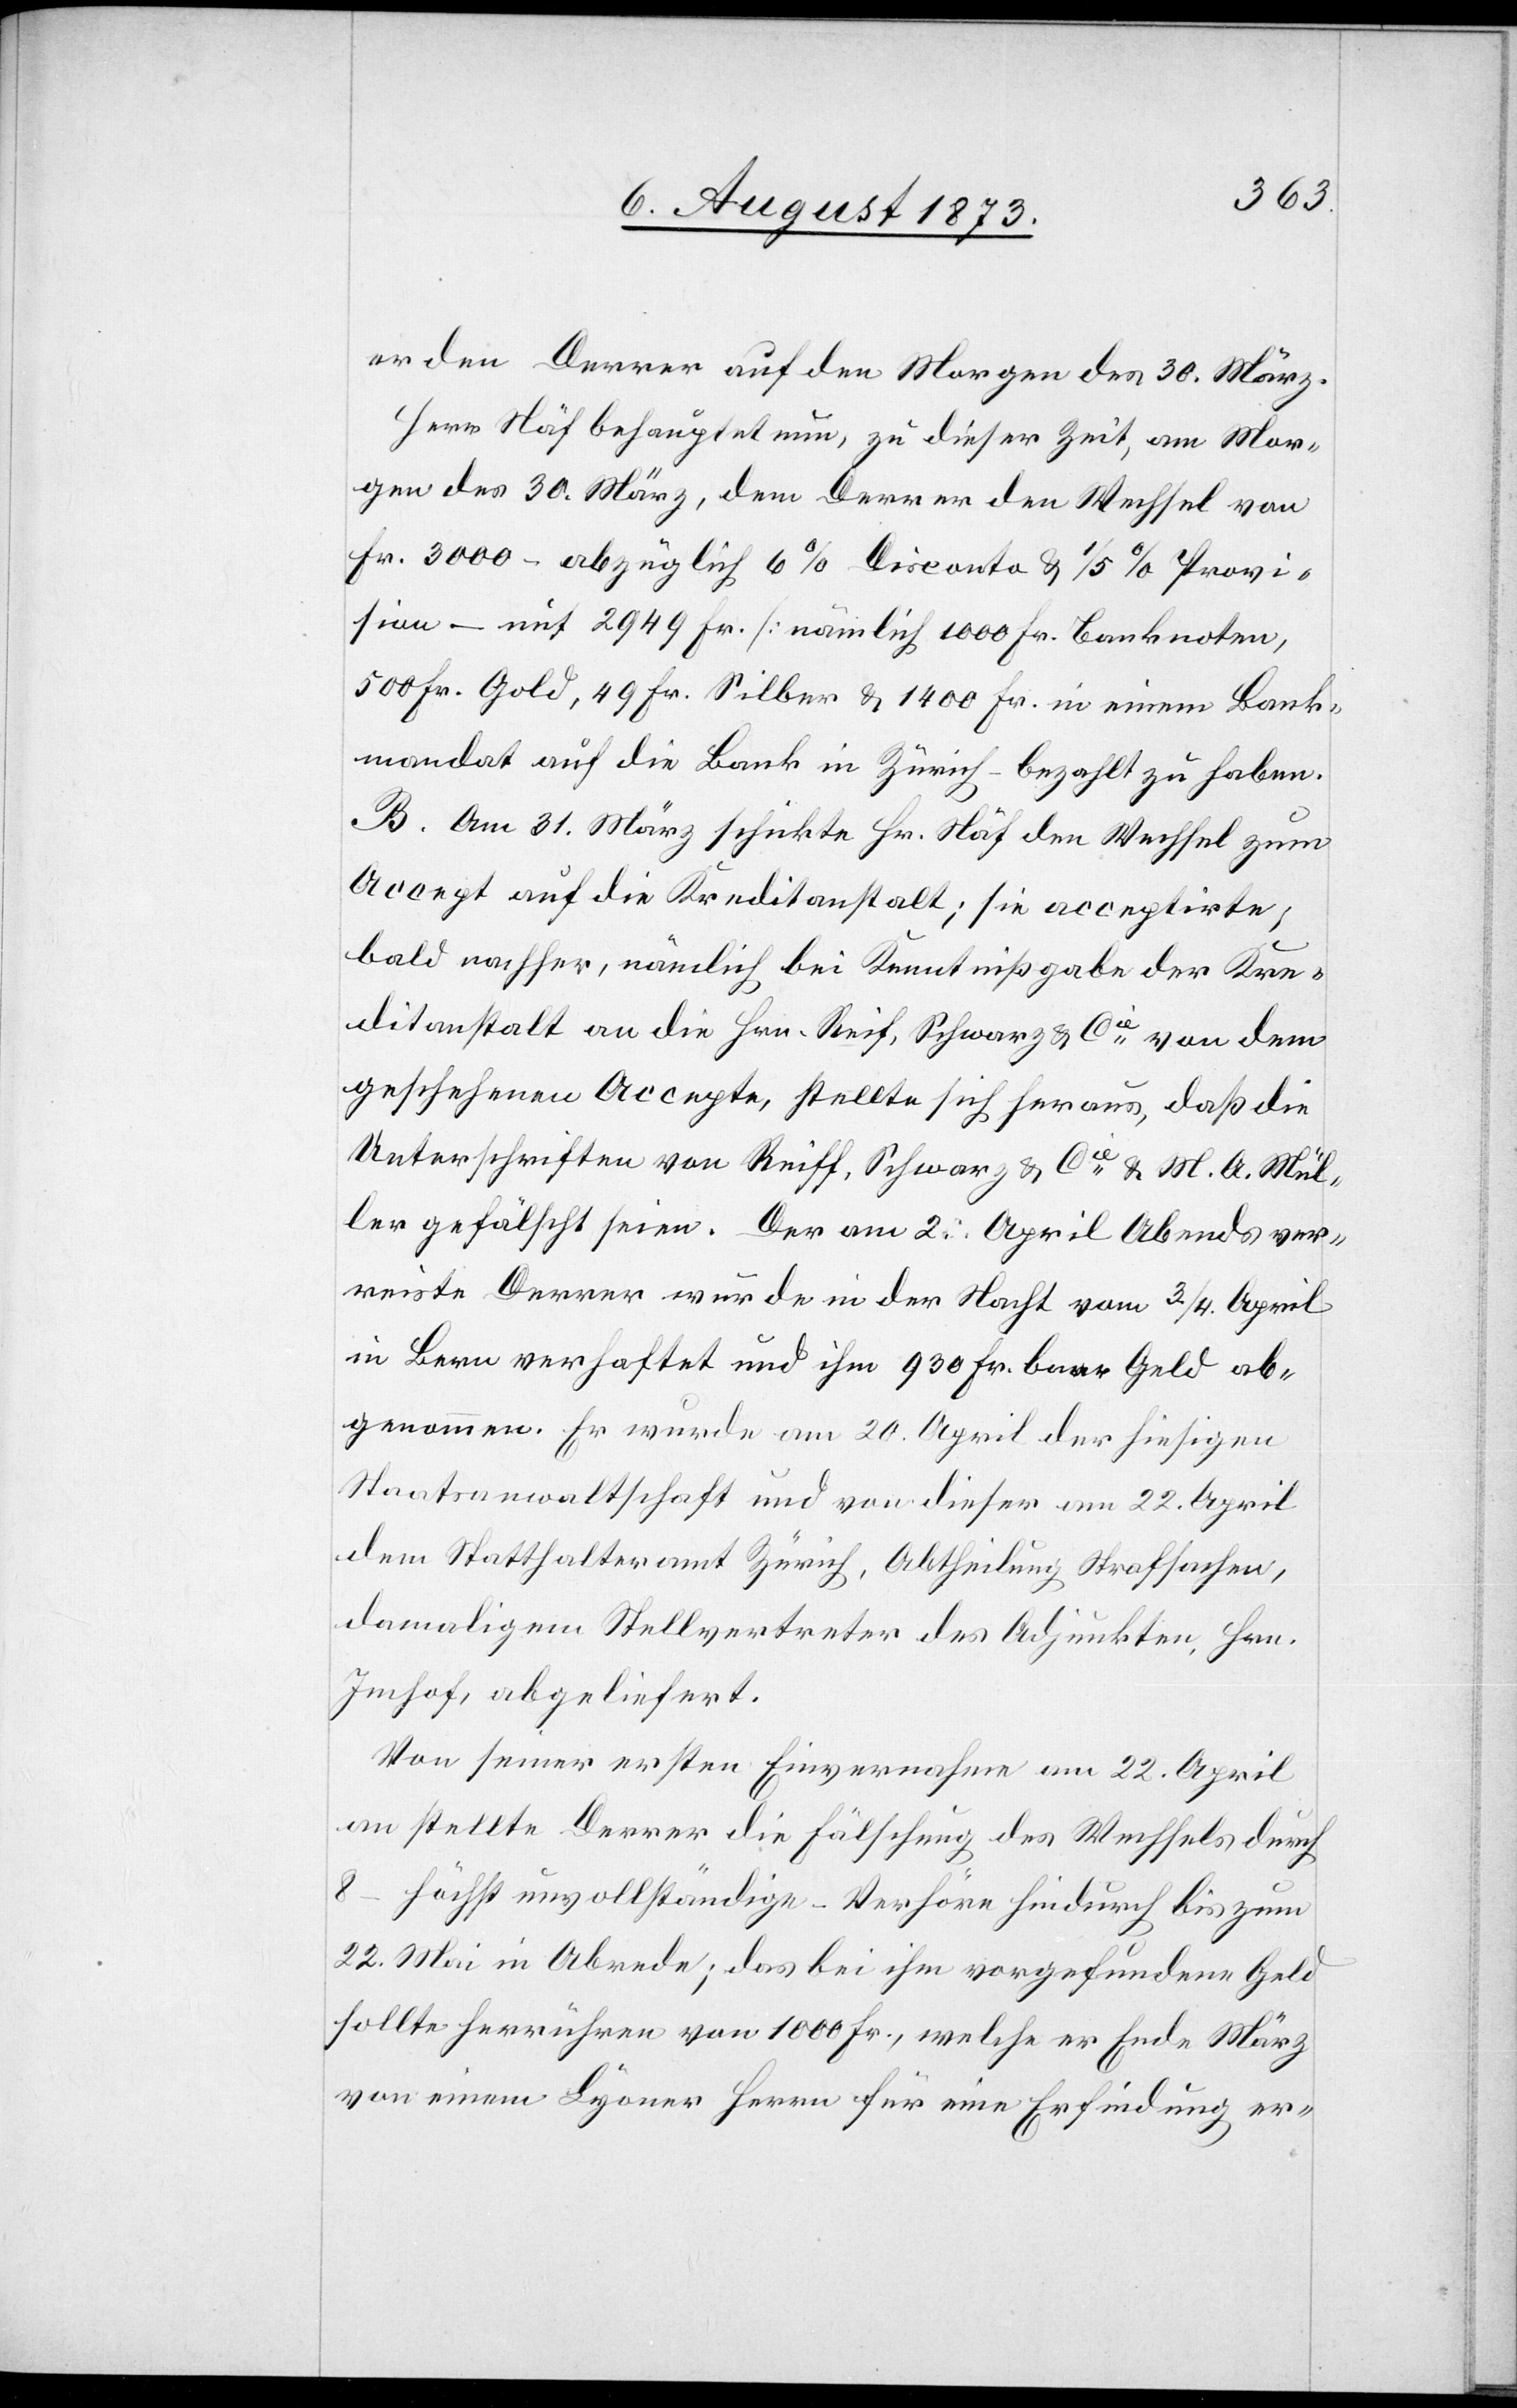
er den Derrer auf den Morgen des 30. März.
Herr Näf behauptet nun, zu dieser Zeit, am Mor¬
gen des 30. März, dem Derrer den Wechsel von
Fr. 3 000 – abzüglich 6% Disconto & 1/5% Provi¬
sion – mit 2 949 Fr. [nämlich 1 000 Fr. Banknoten,
500 Fr. Gold, 49 Fr. Silber & 1 400 Fr. in einem Bank¬
mandat auf die Bank in Zürich] bezahlt zu haben.
B. Am 31. März schickte Hr. Näf den Wechsel zum
Accept auf die Kreditanstalt; sie acceptirte;
bald nachher, nämlich bei Kenntnißgabe der Kre¬
ditanstalt an die Hrn. Reiff, Schwarz & Cie von dem
geschehenen Accepte, stellte sich heraus, daß die
Unterschriften von Reiff, Schwarz & Cie & M. A. Mül¬
ler gefälscht seien. Der am 2. April Abends ver¬
reiste Derrer wurde in der Nacht vom 3./4. April
in Bern verhaftet und ihm 930 Fr. baar Geld ab¬
genommen. Er wurde am 20. April der hiesigen
Staatsanwaltschaft und von dieser am 22. April
dem Statthalteramt Zürich, Abtheilung Strafsachen,
damaligem Stellvertreter des Adjunkten, Hrn.
Imhof, abgeliefert.
Von seiner ersten Einvernahme am 22. April
an stellte Derrer die Fälschung des Wechsels durch
8 – höchst unvollständige – Verhöre hindurch bis zum
22. Mai in Abrede; das bei ihm vorgefundene Geld
sollte herrühren von 1 000 Fr., welche er Ende März
von einem Lyoner Herrn für eine Erfindung er-